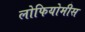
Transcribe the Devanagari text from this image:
लोफियोमीस